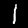
Digit: 1